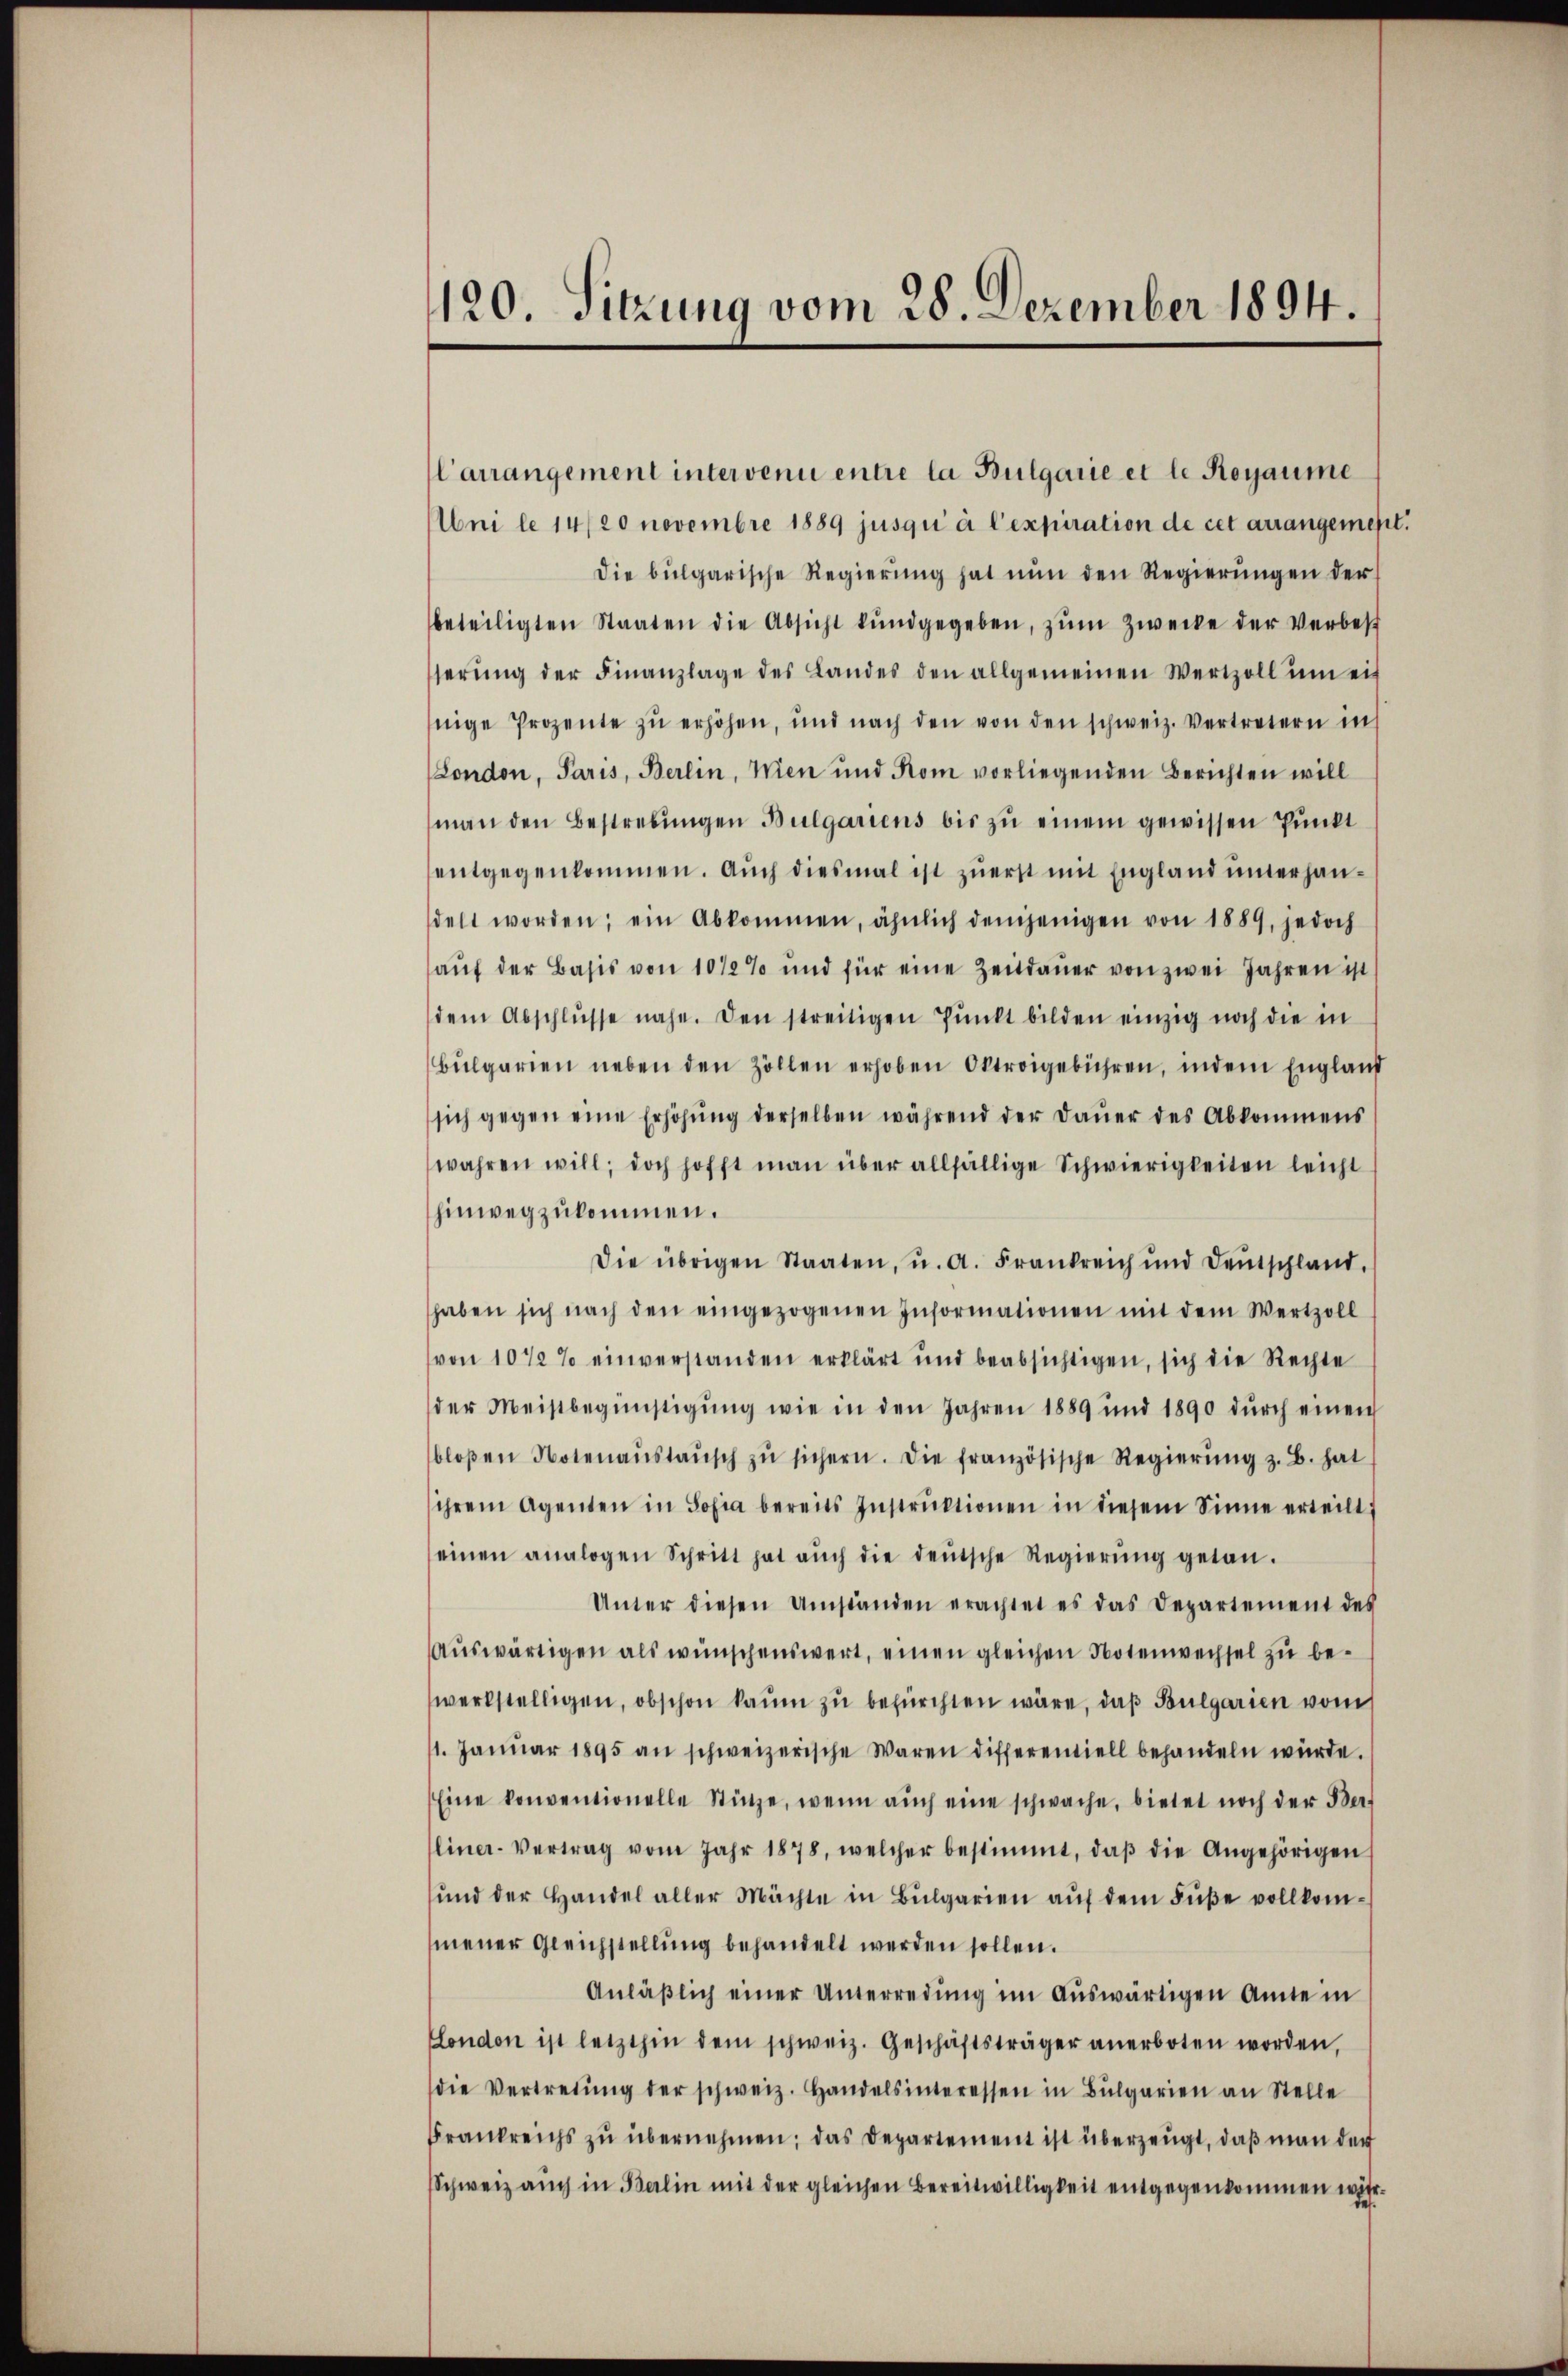
120. Sitzung vom 28. Dezember 1894.

Carrangement intervenie entre la Bulgarie et le Rogaume
Uni le 14/20 novembre 1889 jusqui à l’expiration de cet arrangemest
die bulgarische Regierŭng hat nŭn den Regierŭngen der
beteiligten Staaten die Absicht kundgegeben, zŭm Zwecke der Verbest
serŭng der Finanzlage des Landes den allgemeinen Wertzoll um eis
nige Prozente zŭ erhöhen, und nach den von den schweiz. Vertretern in
London, Paris, Berlin, Wien und Rom vorliegenden Berichten will
man den Bestrebŭngen Bulgariens bis zŭ einem gewissen Pŭnkt
entgegenkommen. Auch diesmal ist zuerst mit England unterhandelt worden; ein Abkommen, ähnlich demjenigen von 1889, jedoch
aŭf der Basis von 1012% und für eine Zeitdauer von zwei Jahren ist
dem Abschlŭsse nahe. Den streitigen Pŭnkt bilden einzig noch die in
Bŭlgarien neben den Zollen erhoben Oktroigebühren, indem England
sich gegen eine Erhöhŭng derselben während der Daŭer des Abkommens
wahren will; doch hofft man über allfällige Schwierigkeiten leicht
hinwegzukommen.
Die übrigen Staaten, u. a. Frankreich und Deutschland.
haben sich nach den eingezogenen Informationen mit dem Wertzoll
von 10 1/2 % einverstanden erklärt und beabsichtigen, sich die Rechte
der Meistbegünstigŭng wie in den Jahren 1889 und 1890 dŭrch einen
bloβen Notenaŭstaŭsch zŭ sichern. Die französische Regierŭng z. B. hat
ihrem Agenten in Sofia bereits Instrŭktionen in diesem Sinne erteilt:
einen analogen Schritt hat aŭch die deŭtsche Regierŭng getan.
Unter diesen Umständen erachtet es das Departement des
Auswärtigen als wünschenswert, einen gleichen Notenwechsel zu bewerkstelligen, obschon kaum zu befürchten wäre, daß Bulgarien vom
11. Janŭar 1895 an schweizerische Waren differentiell behandeln würde.
Eine konventionelle Stütze, wenn aŭch eine schwache, bietet noch der Ber-
liner-Vertrag vom Jahr 1878, welcher bestimmt, daβ die Angehörigen
ŭnd der Handel aller Mächte in Bŭlgarien aŭf dem Bŭβe vollkom-
mener Gleichstellung behandelt werden sollen.
Anläβlich einer Unterredung im aŭswärtigen Anne i
Condon ist letzthin dem schweiz. Geschäftsträger anerboten worden,
die Vertretŭng der schweiz. Handelsinteressen in Bŭlgarien an Stelle
Frankreichs zu übernehmen; das Departement ist überzeugt, daß man der
Schweiz aŭch in Balin mit der gleichen Bereitwilligkeit entgegenkommen wir.